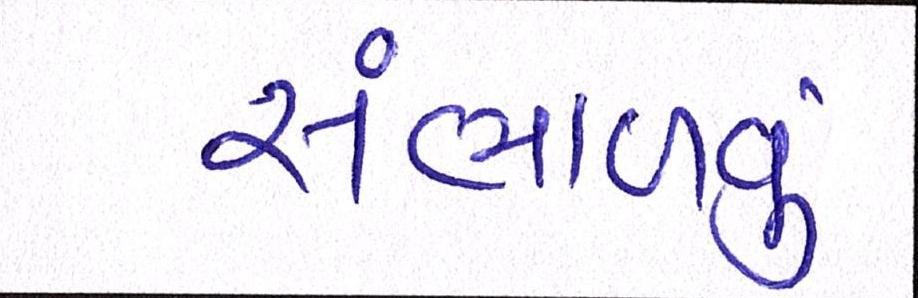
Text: સંભાળવું